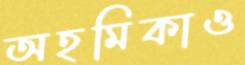
অহমিকাও